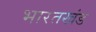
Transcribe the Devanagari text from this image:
भारतखंड